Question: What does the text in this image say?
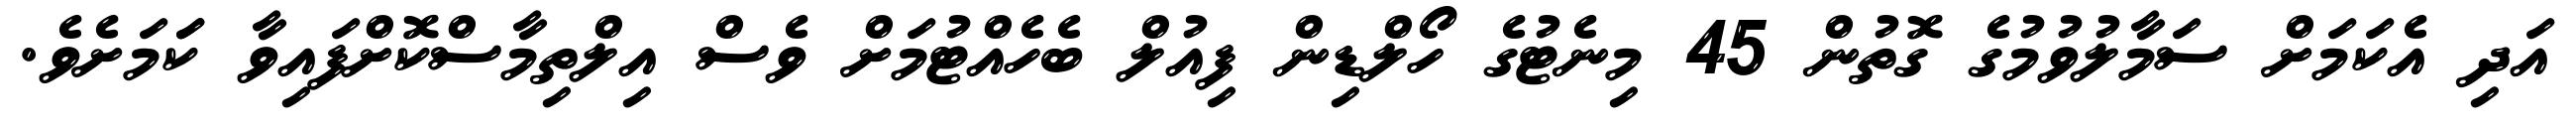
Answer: އަދި އެކަމަށް ސަމާލުވުމުގެ ގޮތުން 45 މިނެޓުގެ ހޯލްޑިން ފިއުލް ބެހެއްޓުމަށް ވެސް އިލްތިމާސްކޮށްފައިވާ ކަަމަށެވެ.